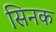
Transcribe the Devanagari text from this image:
सिनक